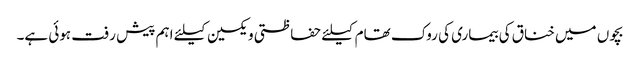
بچوں میں خناق کی بیماری کی روک تھام کیلئے حفاظتی ویکسین کیلئے اہم پیش رفت ہوئی ہے۔